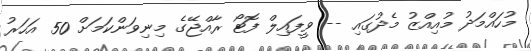
މުހައްމަދު މުއިއްޒު މެދުގައި -- ވީފައިލް ފޮޓޯ ރާއްޖޭގެ މިނިވަންކަމަށް 50 އަހަރު